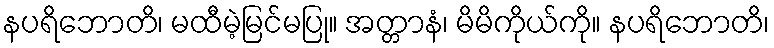
နပရိဘောတိ၊ မထီမဲ့မြင်မပြု။ အတ္တာနံ၊ မိမိကိုယ်ကို။ နပရိဘောတိ၊